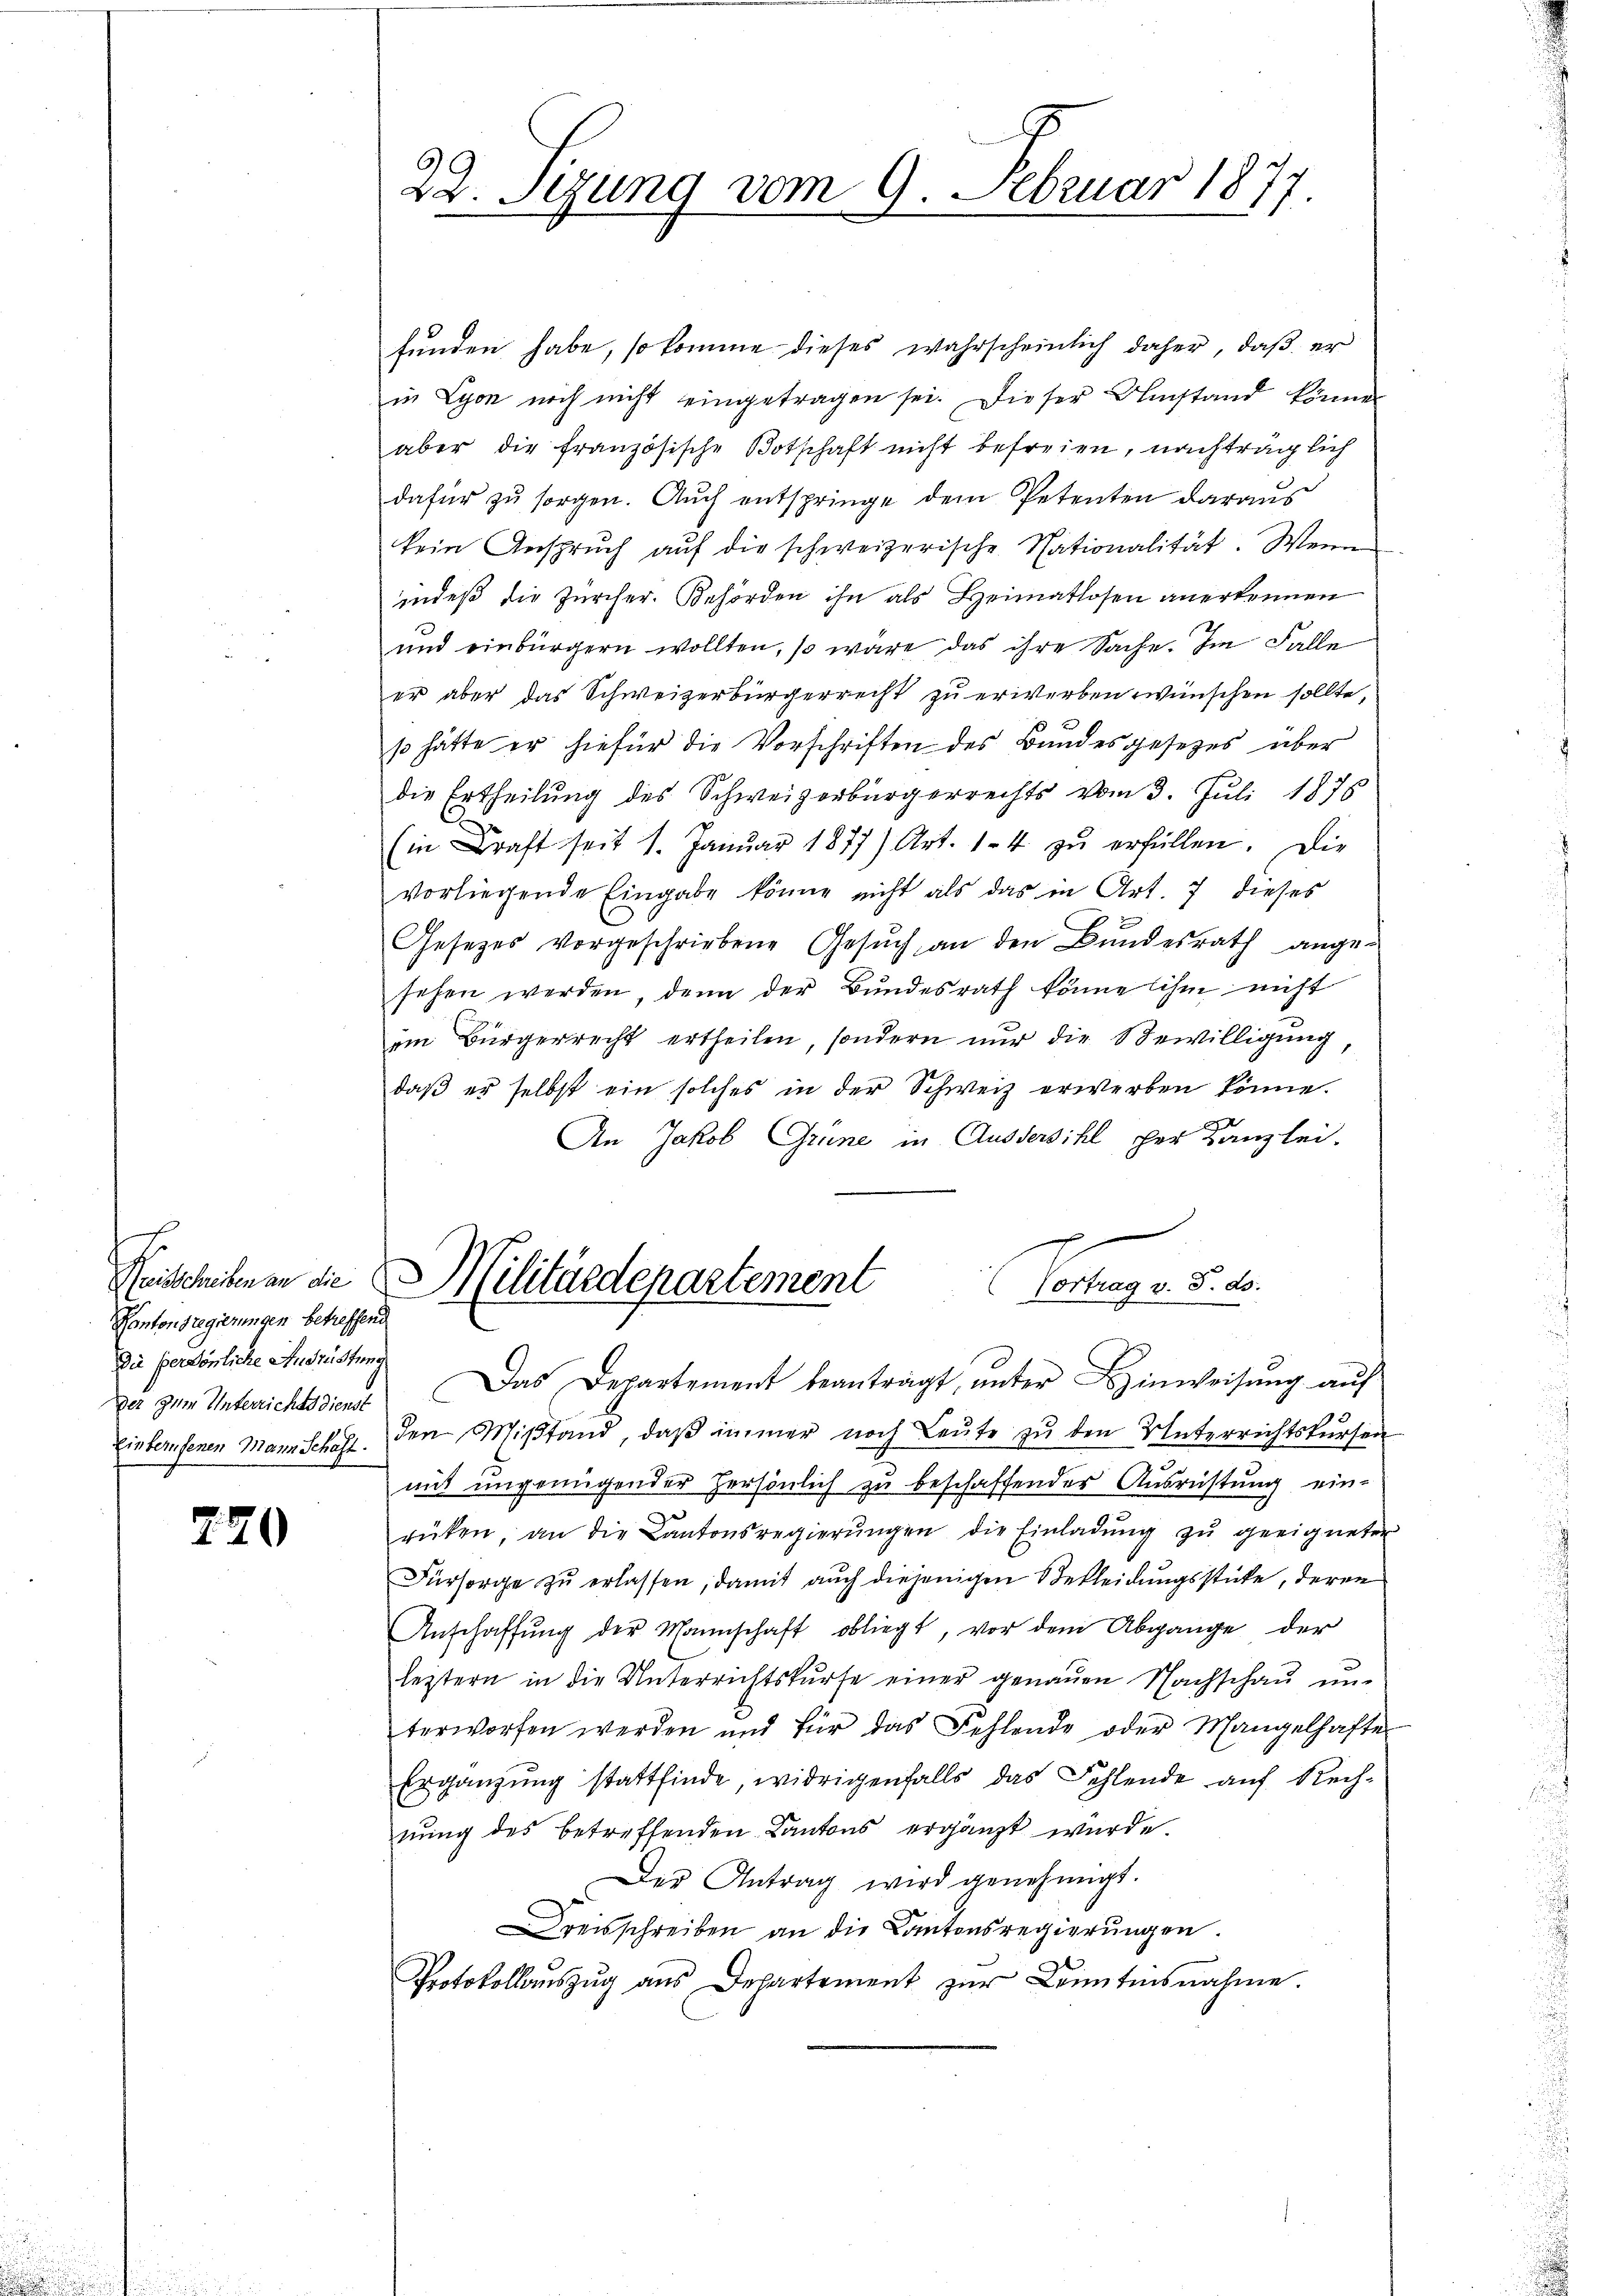
Reisschreiben an die
Kantonsregierungen betreffend
Die persönliche Ausrüstung

220

22. Seung vom 9. Februar 1877.

funden habe, so komme dieses wahrscheinlich daher, daß er
in Lyon noch nicht eingetragen sei. Dieser Umstand können
aber die französische Botschaft nicht befreien, nachträglich
dafür zu sorgen. Auch entspringe dem Petenten daraus
kein Anspruch aŭf die schweizerische Nationalität. Wenn
indeß die Zürcher. Behörden ihn als Heimatlosen anerkennen
und einbürgern wollten, so wäre das ihre Sache. Im Falle
er aber das Schweizerbürgerrecht zu erwerben wünschen sollte,
so hätte er hiefür die Vorschriften des Bundesgesetzes über
die Ertheilung des Schweizerbürgerrechts vom 3. Juli 1875
(in Kraft seit 1. Janŭar 1877) Art. 14 zŭ erfüllen. Die
vorliegende Eingabe könne nicht als das in Art. 7 dieses
Gesetzes vorgeschriebene Gesŭch an den Bŭndesrath ange-
sehen werden, denn der Bundesrath könne ihm nicht
im Bürgerrecht ertheilen, sondern nur die Bewilligung,
daß es selbst ein solches in der Schweiz erwerben könne.
An Jakob Grüne in Ausdersihl der Kanzlei-
7
¬
Militärdepartement
Vortrag v. 5. ds.

Der zum Unterrichtsdienst. Das Departement beanträgt, ŭnter Hinweisŭng aŭf
Einberufenen Mannschaft. Den Mistand, daβ immer noch Leŭte zŭ den Unterrichtskursen
.
mit ungenügender persönlich zu beschaffender Ausrichtung einrüken, an die Kantonsregierŭngen die Einladŭng zŭ geeigneten
Fürsorge zŭ erlassen, damit auch diejenigen Bekleidungsstücke, deren
Anschaffŭng der Mannschaft obliegt, vor dem Abgange der
leitern in die Unterrichtskurse einer genauen Nachschau unterworfen werden und für das Fehlende oder Mangelhafte
Ergänzŭng stattfinde, widrigenfalls das Fehlende auf Rech-
nŭng des betreffenden Kantons ergänzt würde.
Der Antrag wird genehmigt.
reisschreiben an die Kantonsregierungen.
Protokollauszug aus Departement zur Kenntnisnahme.